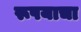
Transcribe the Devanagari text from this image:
रूपयाचा